Report of the Indian Hemp Drugs Commission, 1894-1895 - Volume IV
Year: 1894
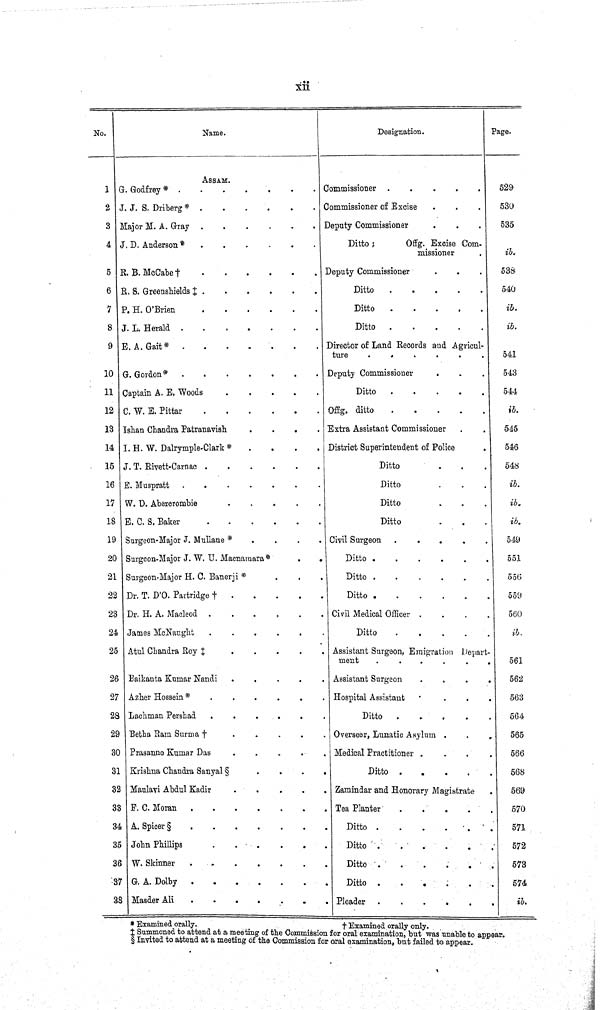
xii
No.
Name.
Designation.
Page.
ASSAM.
1 S. Godfrey *
Commissioner
529
2 J. J. S. Driberg *
Commissioner of Excise
530
3 Major M. A. Gray
Deputy Commissioner
535
4 J. D. Anderson*
Ditto; Offg. Excise Com-
missioner
ib.
5 R. B. McCabe †
Deputy Commissioner
538
6 R. S. Greenshields ‡
Ditto
540
7 P. H. O'Brien
Ditto
ib.
8 J. L. Herald
Ditto
ib.
9 E. A. Gait *
Director of Land Records and Agricul-
ture
541
10 G. Gordon*
Deputy Commissioner
543
11 Captain A. E. Woods
Ditto
544
12 C. W. E. Pittar
Offg. ditto
ib.
13 Ishan Chandra Patranavish
Extra Assistant Commissioner
545
14 I. H. W. Dalrymple-Clark *
District Superitendent of police
546
15 J. T. Rivett-Carnac
Ditto
548
16 E. Muspratt
Ditto
ib.
17 W. D. Abererombie
Ditto
ib.
18 E. C. S. Baker
Ditto
ib.
19 Surgeon-Major J. Mullane*
Civil Surgeon
549
20 Surgeon-Major J. W. U. Macnamara*
Ditto
551
21 Surgeon-Major H. C. Banerji *
Ditto
556
22 Dr. T. D'O. Partridge *
Ditto
559
23 Dr. H. A. Macleod
Civil Medical Officer
560
24 James McNaught
Ditto
ib.
25 Atul Chandra Roy *
Assistant Surgeon, Emigration Depart-
ment
561
26 Baikanta Kumar Nandi
Assistant Surgeon
562
27 Azher Hossein *
Hospital Assistant
563
23 Lachman Pershad
Ditto
564
29 Betha Ram Surma *
Overseer, Lunatic Asylum
565
30 Prasanno Kumar Das
Medical Practitioner
566
31 Krishna Chandra
Ditto
568
32 Maulavi Abdul K
Zamindar and Honorary Magistrate
569
33 F. C. Moran
Tea Planter
570
34 A. Spicer §
Ditto
571
35 John Phillips
Ditto
572
3C i W. Skinner
Ditto
573
37 G. A. Dolby
Ditto
574
38 Masder Ali
Pleader
ib.
* Examined orally.
†
Examined orally only.
‡ Summoned to attend at a meeting of the Commission for oral examination, but was unable to appear.
§ Invited to attend at a meeting of the Commission for oral examination, but failed to appear.